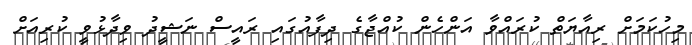
މިހުކަމަށް ރިއާޔަތް ކުރައްވާ އަންހެން ކުއްޖާގެ ދިފާއުގައި ރައީސް ނަޝީދު ވިދާޅުވީ ކުރިއަށް